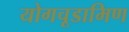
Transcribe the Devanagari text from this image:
योगचूडामिण